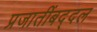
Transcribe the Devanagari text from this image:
प्रजातींबद्दल